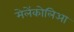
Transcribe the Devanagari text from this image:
मेलेंकोलिआ